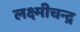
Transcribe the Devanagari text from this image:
लक्ष्मीचन्द्र